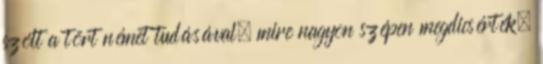
szólt a tört német tudásával, mire nagyon szépen megdicsérték.